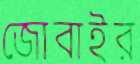
জোবাইর